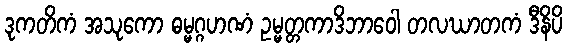
ဒုကတိကံ အသုကော ဓမ္မဂ္ဂဟဏံ ဥမ္မတ္တကာဒိဘာဝေါ တလဃာတကံ ဒီနိပိ